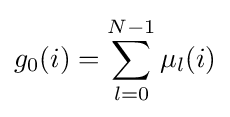
g_{0}(i)=\sum _{l=0}^{N-1}\mu _{l}(i)